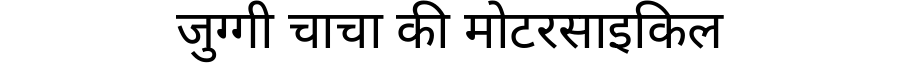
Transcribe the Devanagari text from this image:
जुग्गी चाचा की मोटरसाइकिल